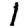
Digit: 1